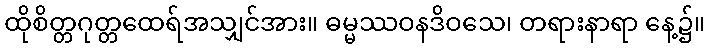
ထိုစိတ္တဂုတ္တထေရ်အသျှင်အား။ ဓမ္မဿဝနဒိဝသေ၊ တရားနာရာ နေ့၌။